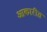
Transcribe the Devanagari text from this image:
आकारीत